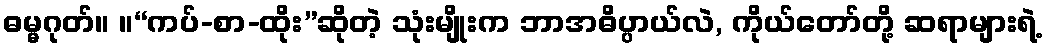
ဓမ္မဂုတ်။ ။“ကပ်-စာ-ထိုး”ဆိုတဲ့ သုံးမျိုးက ဘာအဓိပ္ပာယ်လဲ, ကိုယ်တော်တို့ ဆရာများရဲ့